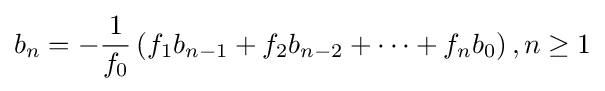
b_{n}=-{\frac {1}{f_{0}}}\left(f_{1}b_{n-1}+f_{2}b_{n-2}+\cdots +f_{n}b_{0}\right),n\geq 1